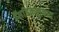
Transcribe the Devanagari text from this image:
सिंडिकलवाद